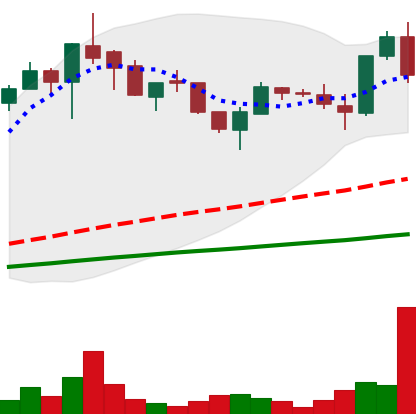
Ticker: LTC-USD
Chart end date: 2017-05-25
Forward return: -19.258%
Label: down_7plus